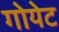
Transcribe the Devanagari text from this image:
गोयेट